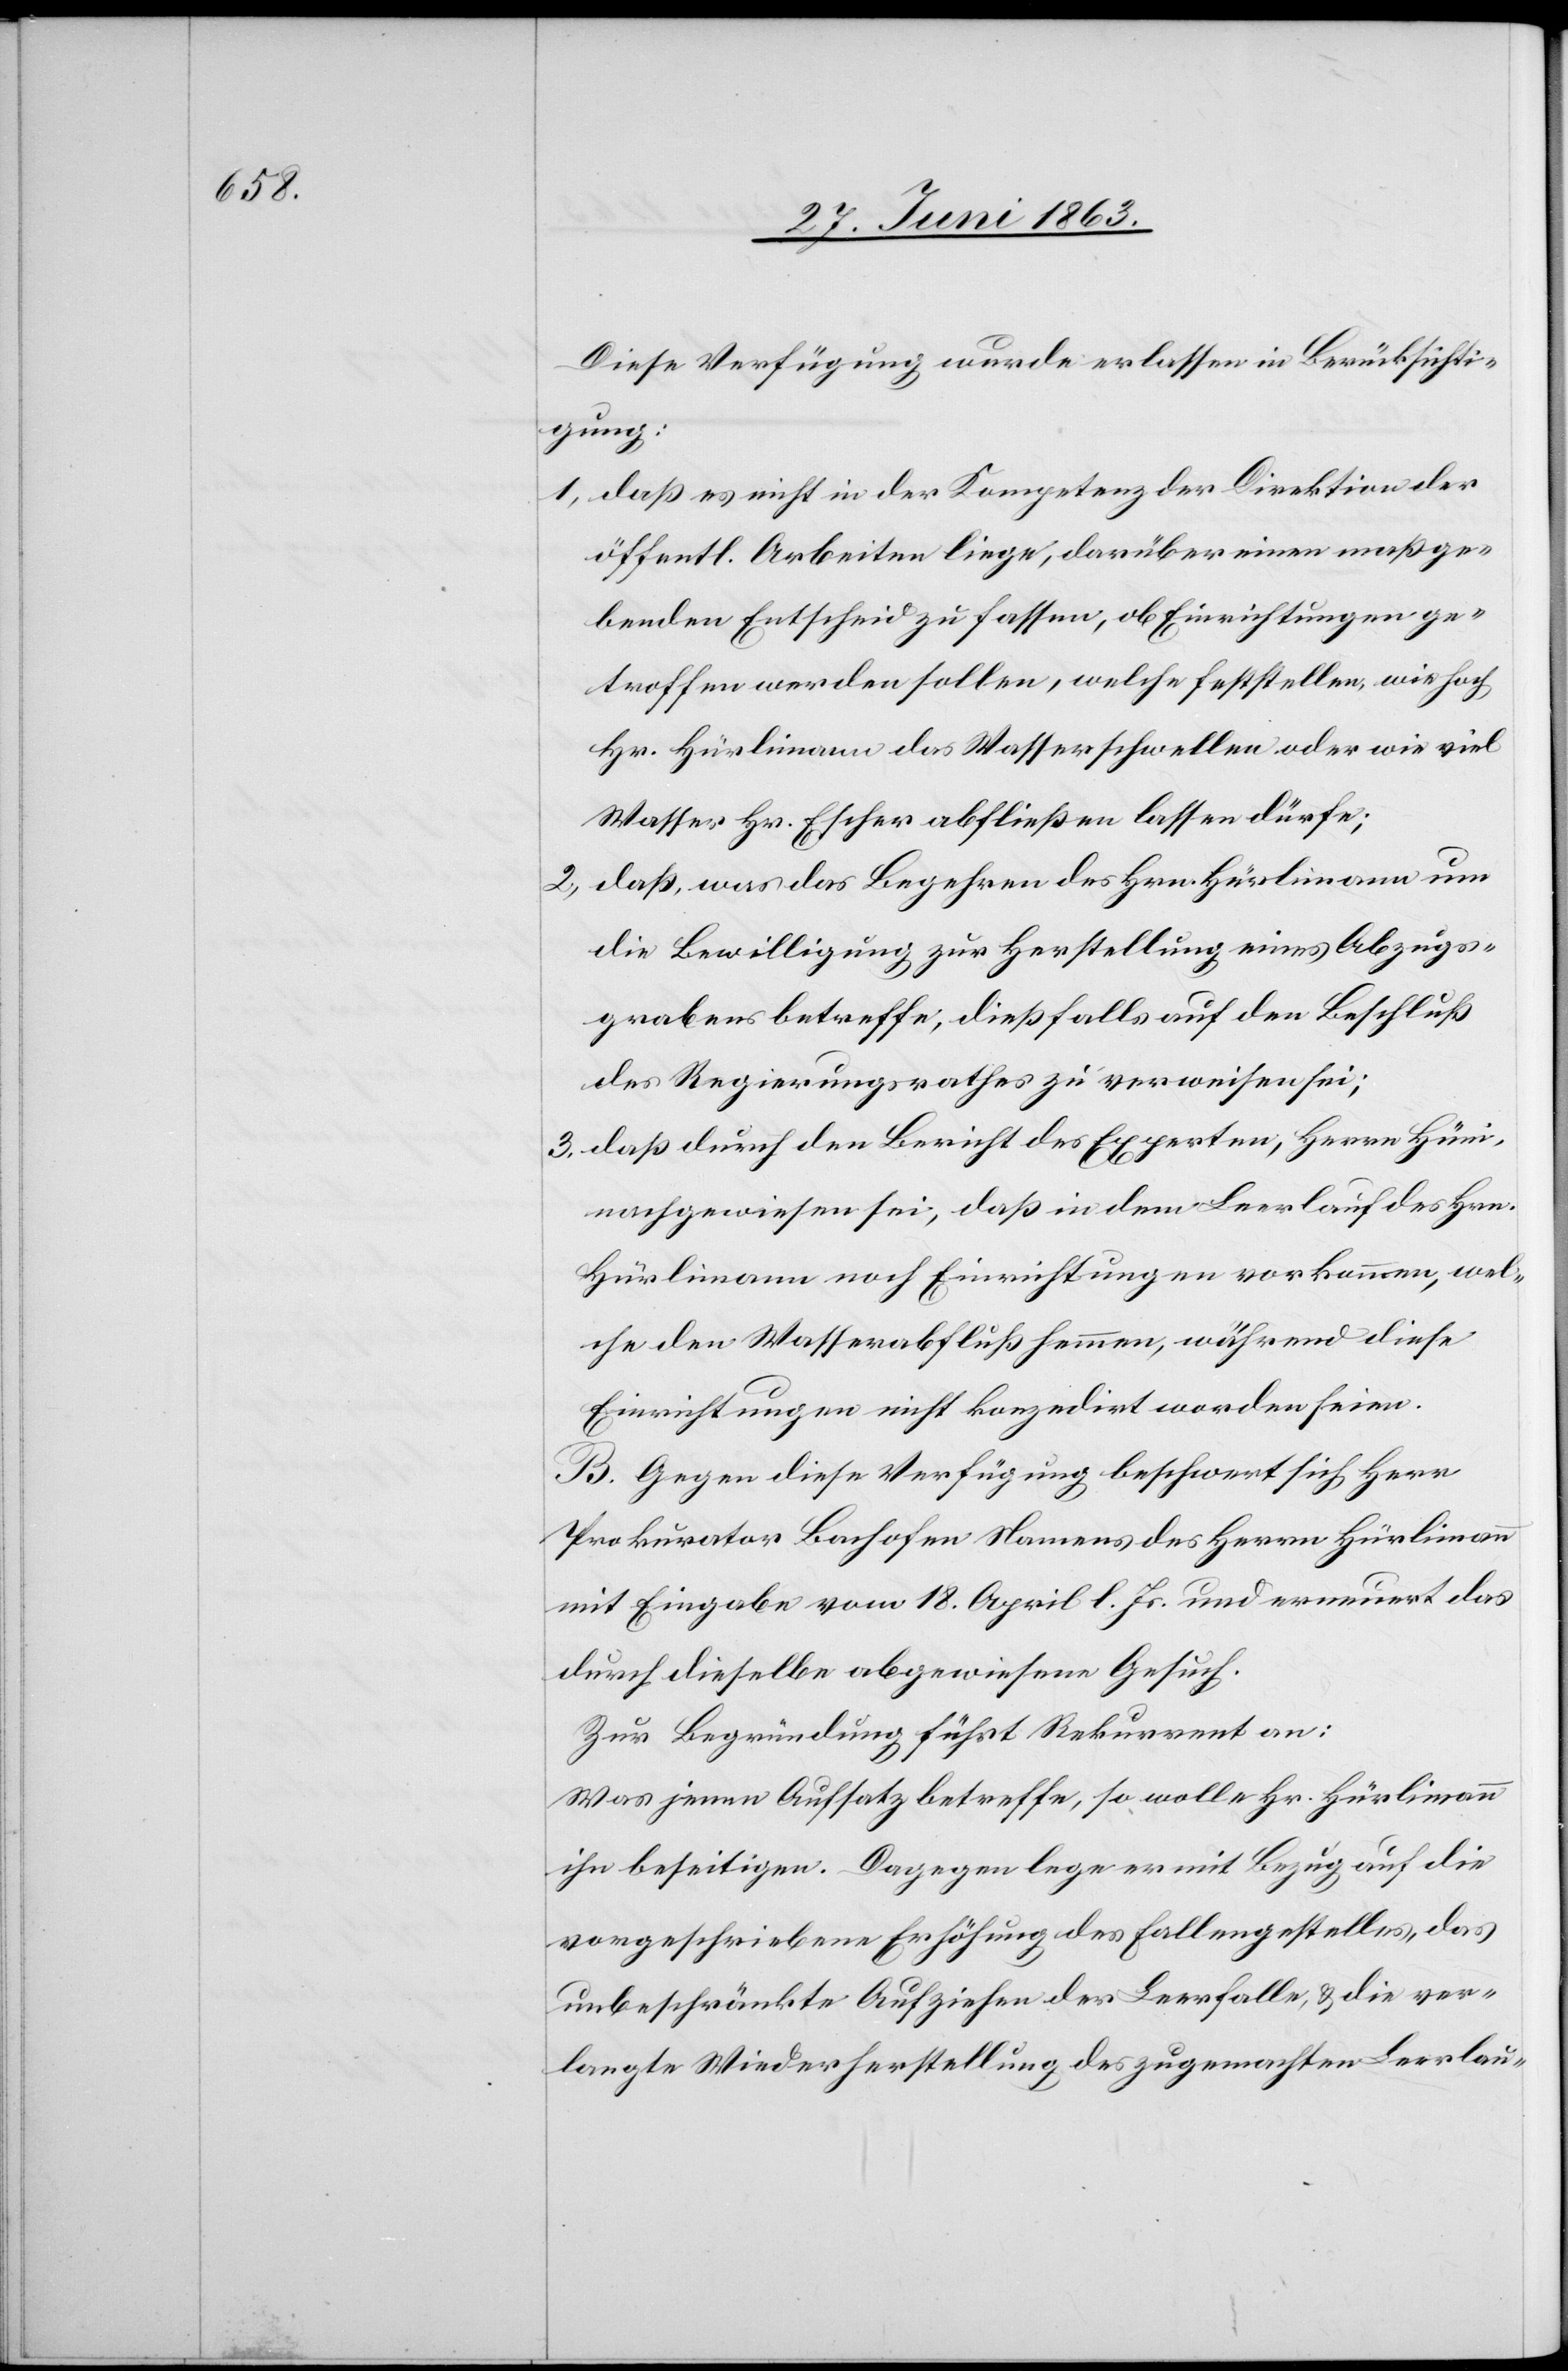
Diese Verfügung wurde erlassen in Berücksichti¬
gung:
1) daß es nicht in der Kompetenz der Direktion der
öffentl. Arbeiten liege, darüber einen maßge¬
benden Entscheid zu fassen, ob Einrichtungen ge¬
troffen werden sollen, welche feststellen, wie hoch
Hr. Hürlimann das Wasserschwellen oder wie viel
Wasser Hr. Escher abfließen lassen dürfe;
2) daß was das Begehren des Hrn. Hürlimann um
die Bewilligung zur Herstellung eines Abzugs¬
grabens betreffe, dießfalls auf den Beschluß
des Regierungsrathes zu verweisen sei;
3) daß durch den Bericht des Experten, Herrn Hüni,
nachgewiesen sei, daß in dem Leerlauf des Hrn.
Hürlimann noch Einrichtungen vorkommen, wel¬
che den Wasserabfluß hemmen, während diese
Einrichtungen nicht konzedirt worden seien.
B. Gegen diese Verfügung beschwert sich Herr
Prokurator Bachofen Namens des Herrn Hürlimann
mit Eingabe vom 18. April l. Js. und erneuert das
durch dieselbe abgewiesene Gesuch.
Zur Begründung führt Rekurrent an:
Was jenen Aufsatz betreffe, so wolle Hr. Hürlimann
ihn beseitigen. Dagegen lege er mit Bezug auf die
vorgeschriebene Erhöhung des Fallengestelles, das
unbeschränkte Aufziehen der Leerfalle, & die ver¬
langte Wiederherstellung des zugemachten Leerlau-